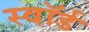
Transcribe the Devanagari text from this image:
स्‍वॉर्ड